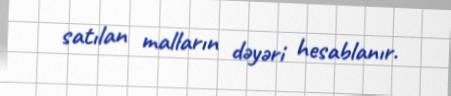
satılan malların dəyəri hesablanır.